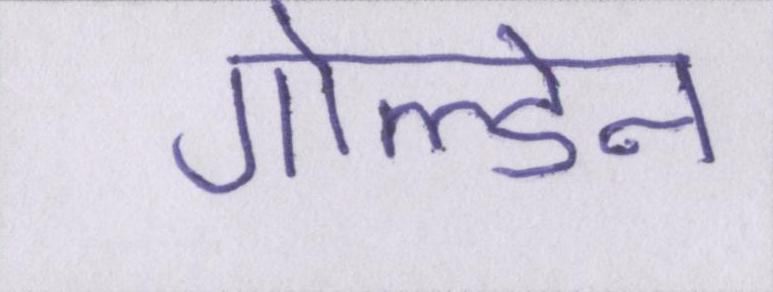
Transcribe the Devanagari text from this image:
गोल्डेन